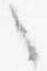
之